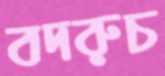
বদরুচ